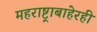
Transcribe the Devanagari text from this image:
महराष्ट्राबाहेरही